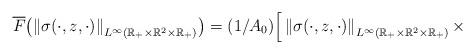
LaTeX: \begin{align*}\overline F\big( {\left\| {\sigma ( \cdot ,z, \cdot )}\right\|_{L^\infty \left( { \mathbb{R}_+\times \mathbb{R}^2\times\mathbb{R}_+ } \right)} } \big)= (1/A_0) \Big[ \left\|{\sigma(\cdot,z,\cdot) } \right\|_{L^\infty\left( {\mathbb{R}_+\times \mathbb{R}^2 \times\mathbb{R}_+ } \right)}\times\end{align*}